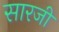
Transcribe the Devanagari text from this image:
सारजी